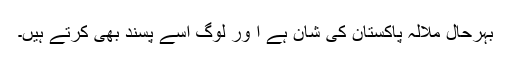
بہرحال ملالہ پاکستان کی شان ہے ا ور لوگ اسے پسند بھی کرتے ہیں۔